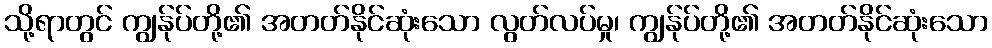
သို့ရာတွင် ကျွန်ုပ်တို့၏ အတတ်နိုင်ဆုံးသော လွတ်လပ်မှု၊ ကျွန်ုပ်တို့၏ အတတ်နိုင်ဆုံးသော